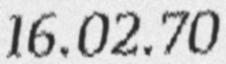
16.02.70